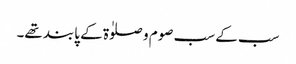
سب کے سب صوم و صلوٰۃ کے پابند تھے۔